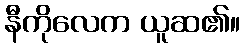
နီကိုလေက ယူဆ၏။